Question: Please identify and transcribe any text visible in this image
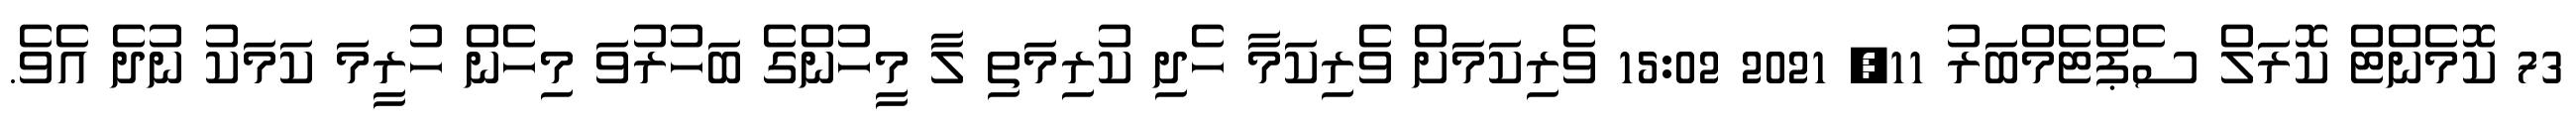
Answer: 73 ކޮމެންޓް ކޮރަލް ސެޕްޓެމްބަރު 11, 2021 15:02 ވެރިކަމަށް ވެރިކަމާ ހެދި ކުރިމަތި ލާ މީހުންގެ ބަހުރުވަ މިހެން ހުރީމަ ކަމަކު ނުދެ އެވެ.